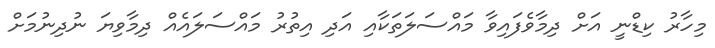
މިހާރު ކިޑްނީ އަށް ދިމާވެފައިވާ މައްސަލަތަކާއި އަދި އިތުރު މައްސަލައެއް ދިމާވިޔަ ނުދިނުމަށް